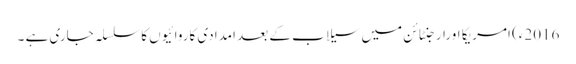
2016ء) امریکا اورارجنٹائن میں سیلاب کے بعد امدادی کاروائیوں کا سلسلہ جاری ہے ۔